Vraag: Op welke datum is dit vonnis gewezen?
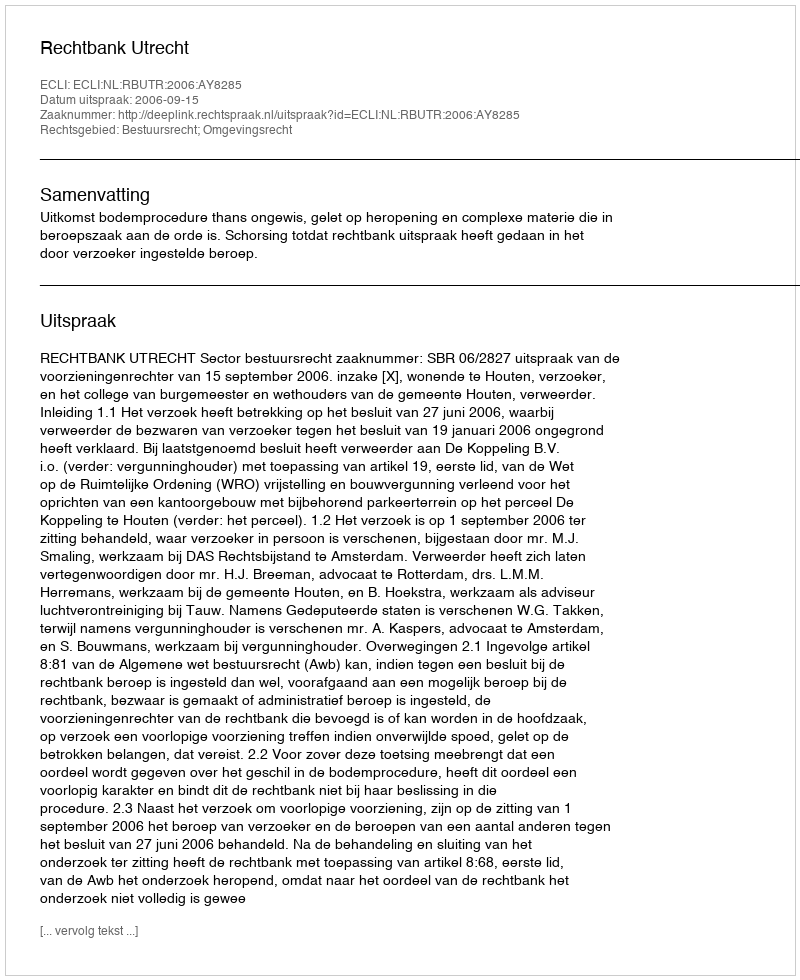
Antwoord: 2006-09-15